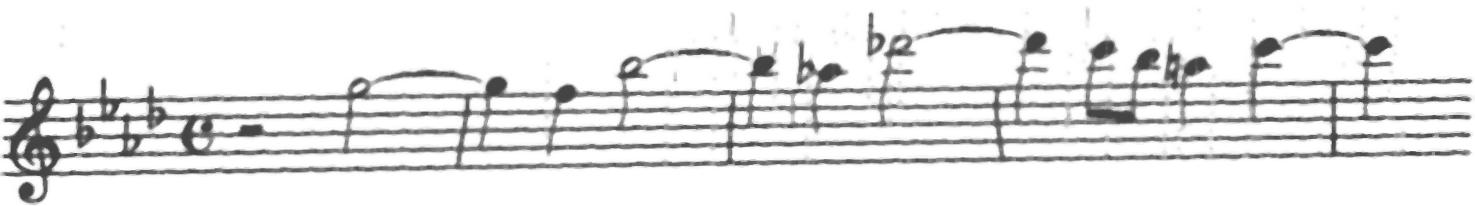
Transcription: clef-G2 keySignature-AbM timeSignature-C rest-half note-G5_half tie barline note-G5_quarter note-F5_quarter note-Bb5_half tie barline note-Bb5_quarter note-Ab5_quarter note-Db6_half tie barline note-Db6_quarter note-C6_eighth note-Bb5_eighth note-A5_quarter note-C6_quarter tie barline note-C6_quarter